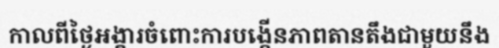
កាលពីថ្ងៃអង្គារចំពោះការបង្កើនភាពតានតឹងជាមួយនឹង